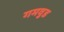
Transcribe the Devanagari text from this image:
गमवुड